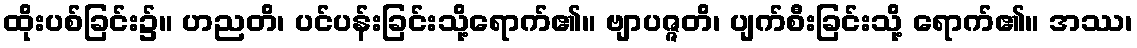
ထိုးပစ်ခြင်း၌။ ဟညတိ၊ ပင်ပန်းခြင်းသို့ရောက်၏။ ဗျာပဇ္ဇတိ၊ ပျက်စီးခြင်းသို့ ရောက်၏။ အဿ၊